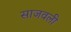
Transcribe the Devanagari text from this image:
साजवली